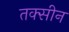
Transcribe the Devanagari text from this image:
तक्सीन